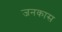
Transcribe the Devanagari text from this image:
जनकास